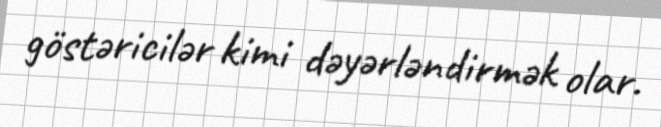
göstəricilər kimi dəyərləndirmək olar.